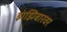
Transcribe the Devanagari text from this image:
झंझिबारवर